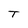
Character: T